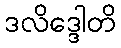
ဒလိဒ္ဒေါတိ